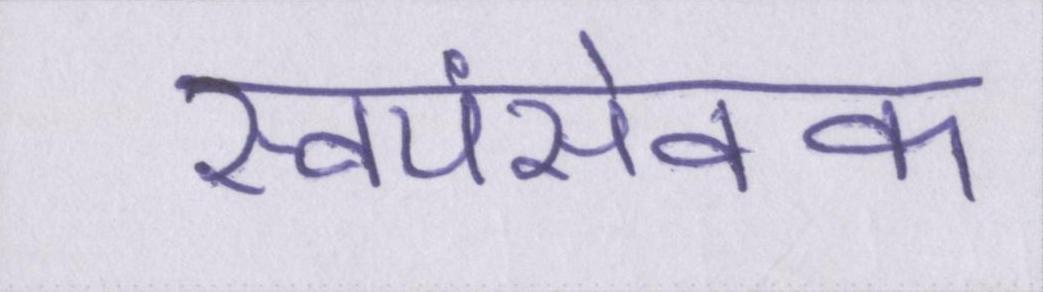
स्वयंसेवक